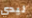
ليدي